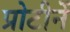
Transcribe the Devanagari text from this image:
प्रोटीनें